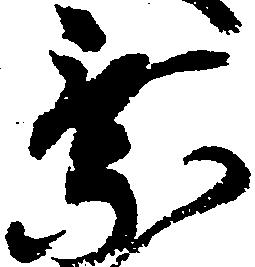
乗